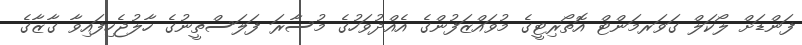
ފަންޑަށް ލޯކަލް ގަވަރމަންޓް އޮތޯރިޓީގެ މުވައްޒަފުންގެ އެއްދުވަހުގެ މުސާރަ ފަލަސްތީނުގެ ހާލުޖެހިފައިވާ ގާޒާގެ